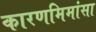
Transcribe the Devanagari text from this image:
कारणमिमांसा